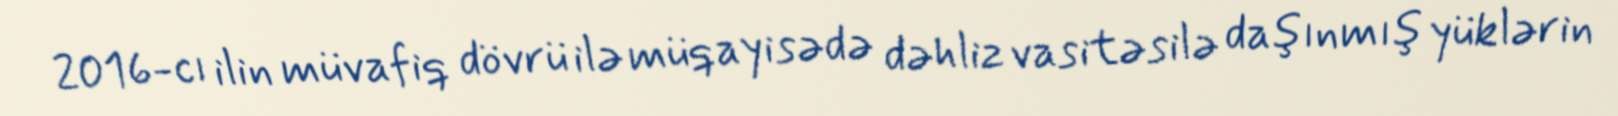
2016-cı ilin müvafiq dövrü ilə müqayisədə dəhliz vasitəsilə daşınmış yüklərin